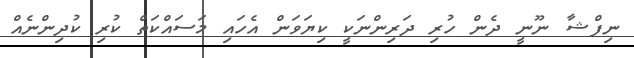
ނިފްޝާ ނޫނީ ދެން ހުރި ދަރިންނަކީ ކިޔަވަން އެހައި މަސައްކަތް ކުރި ކުދިންނެއް